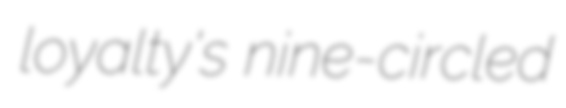
loyalty's nine-circled